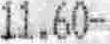
11.60-